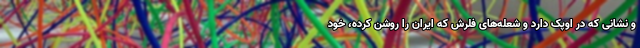
و نشانی که در اوپک دارد و شعله‌های فلرش که ایران را روشن کرده، خود